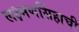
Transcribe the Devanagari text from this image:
लक्ष्मणसिंहाची